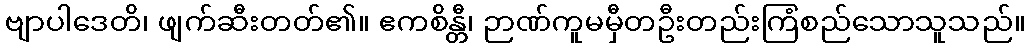
ဗျာပါဒေတိ၊ ဖျက်ဆီးတတ်၏။ ဧကစိန္တီ၊ ဉာဏ်ကူမမှီတဦးတည်းကြံစည်သောသူသည်။